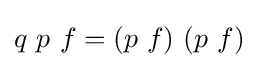
q\ p\ f=(p\ f)\ (p\ f)